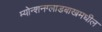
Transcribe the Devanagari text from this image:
म्योन्शनग्लाडबाखमधील